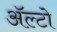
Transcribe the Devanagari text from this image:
अॅल्टो